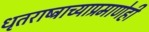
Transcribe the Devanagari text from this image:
धृतराष्ट्राच्याप्रमाणेही